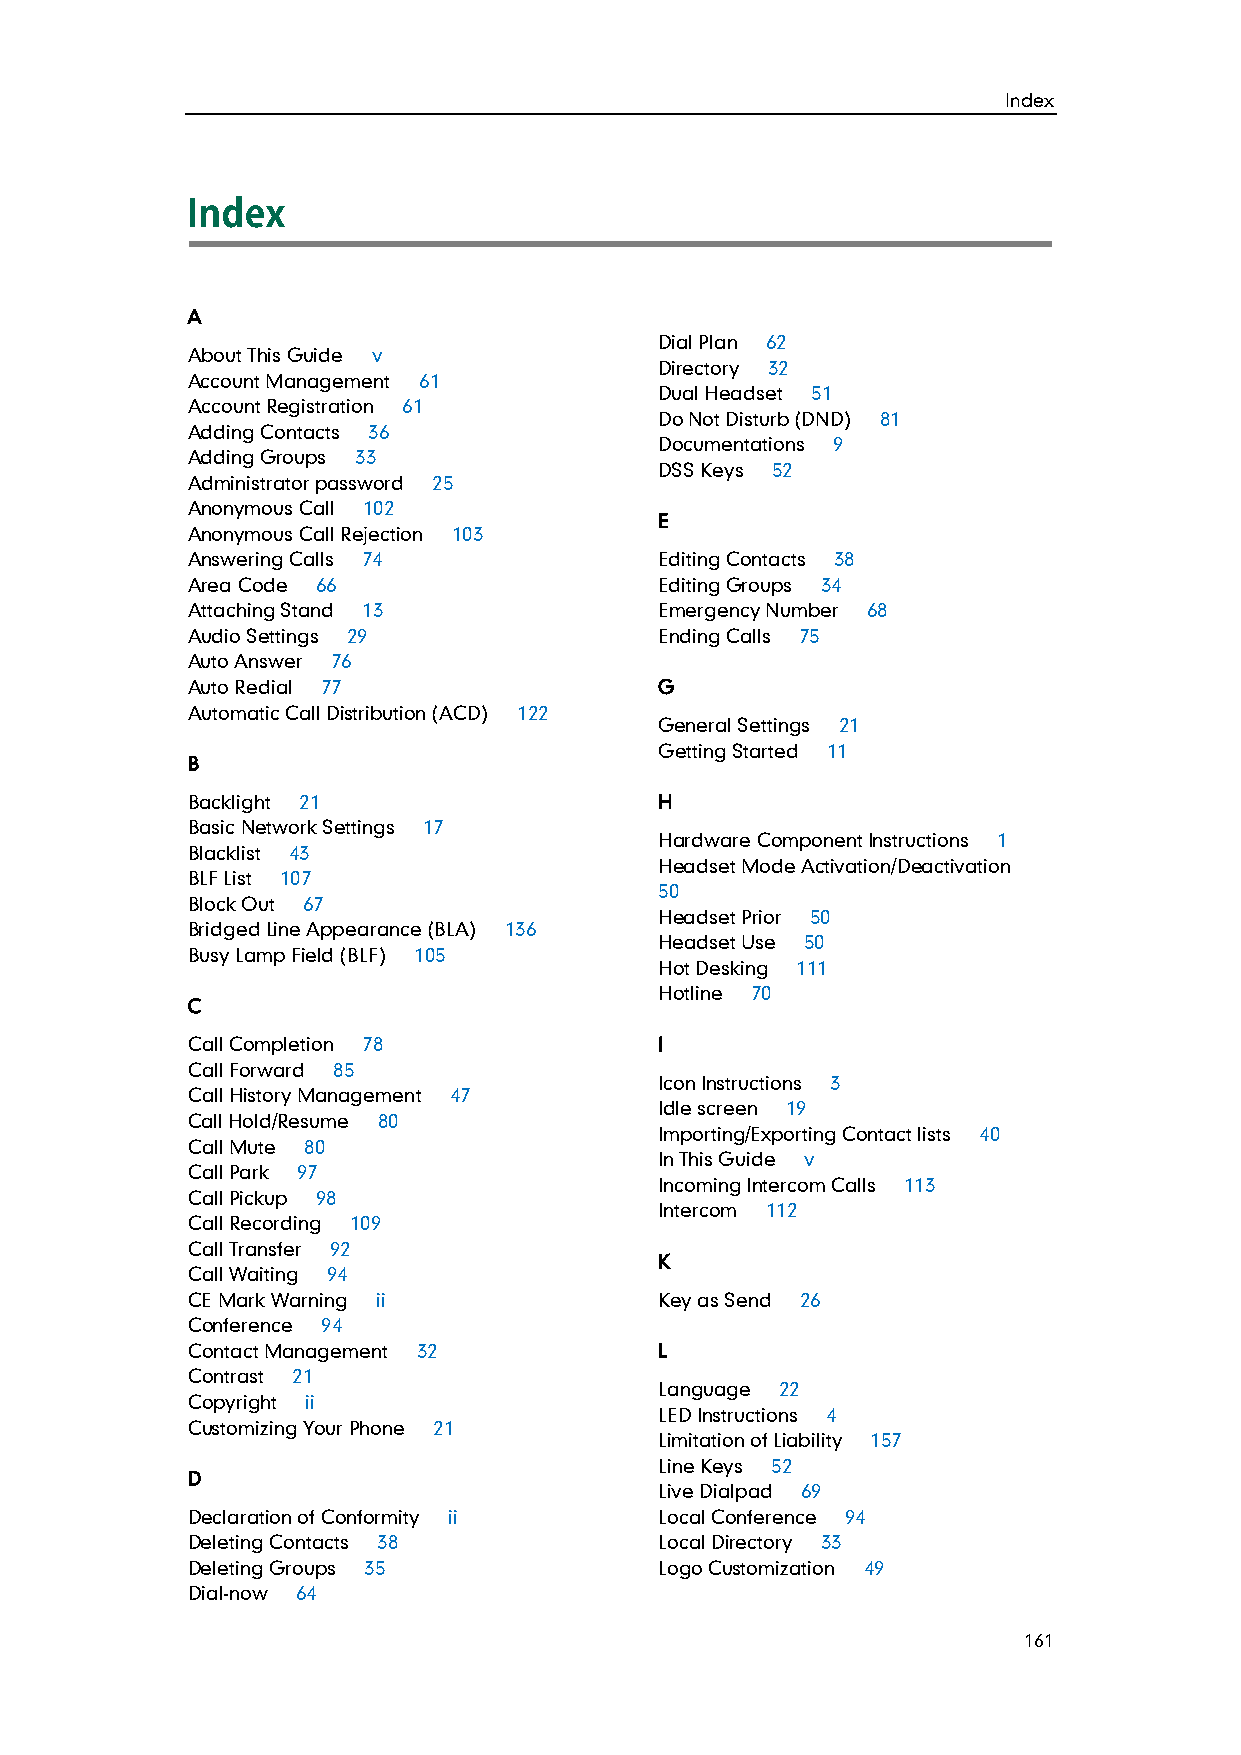
Index
 A
 Dial Plan 62
 About This Guide v
 Directory 32
 Account Management 61
 Dual Headset 51
 Account Registration 61
 Do Not Disturb (DND) 81
 Adding Contacts 36
 Documentations 9
 Adding Groups 33
 DSS Keys 52
 Administrator password 25
 Anonymous Call 102
 E
 Anonymous Call Rejection 103
 Answering Calls 74              Editing Contacts 38
 Area Code 66                    Editing Groups 34
 Attaching Stand 13              Emergency Number 68
 Audio Settings 29               Ending Calls 75
 Auto Answer 76
 Auto Redial 77                  G
 Automatic Call Distribution (ACD) 122
 General Settings 21
 Getting Started 11
 B
 Backlight 21                    H
 Basic Network Settings 17
 Hardware Component Instructions 1
 Blacklist 43
 Headset Mode Activation/Deactivation
 BLF List 107
 50
 Block Out 67
 Headset Prior 50
 Bridged Line Appearance (BLA) 136
 Headset Use 50
 Busy Lamp Field (BLF) 105
 Hot Desking 111
 Hotline 70
 C
 Call Completion 78              I
 Call Forward 85
 Icon Instructions 3
 Call History Management 47
 Idle screen 19
 Call Hold/Resume 80
 Importing/Exporting Contact lists 40
 Call Mute 80
 In This Guide v
 Call Park 97
 Incoming Intercom Calls 113
 Call Pickup 98
 Intercom 112
 Call Recording 109
 Call Transfer 92
 K
 Call Waiting 94
 CE Mark Warning ii              Key as Send 26
 Conference 94
 Contact Management 32           L
 Contrast 21
 Language 22
 Copyright ii
 LED Instructions 4
 Customizing Your Phone 21
 Limitation of Liability 157
 Line Keys 52
 D
 Live Dialpad 69
 Declaration of Conformity ii    Local Conference 94
 Deleting Contacts 38            Local Directory 33
 Deleting Groups 35              Logo Customization 49
 Dial-now 64
 161